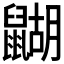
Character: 𪕱